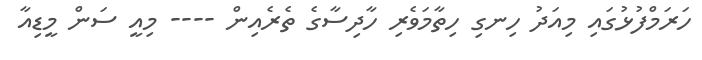
ހަރަމްފުޅުގައި މިއަދު ހިނގި ހިތާމަވެރި ހާދިސާގެ ތެރެއިން ---- މިއީ ސަން މީޑިއާ